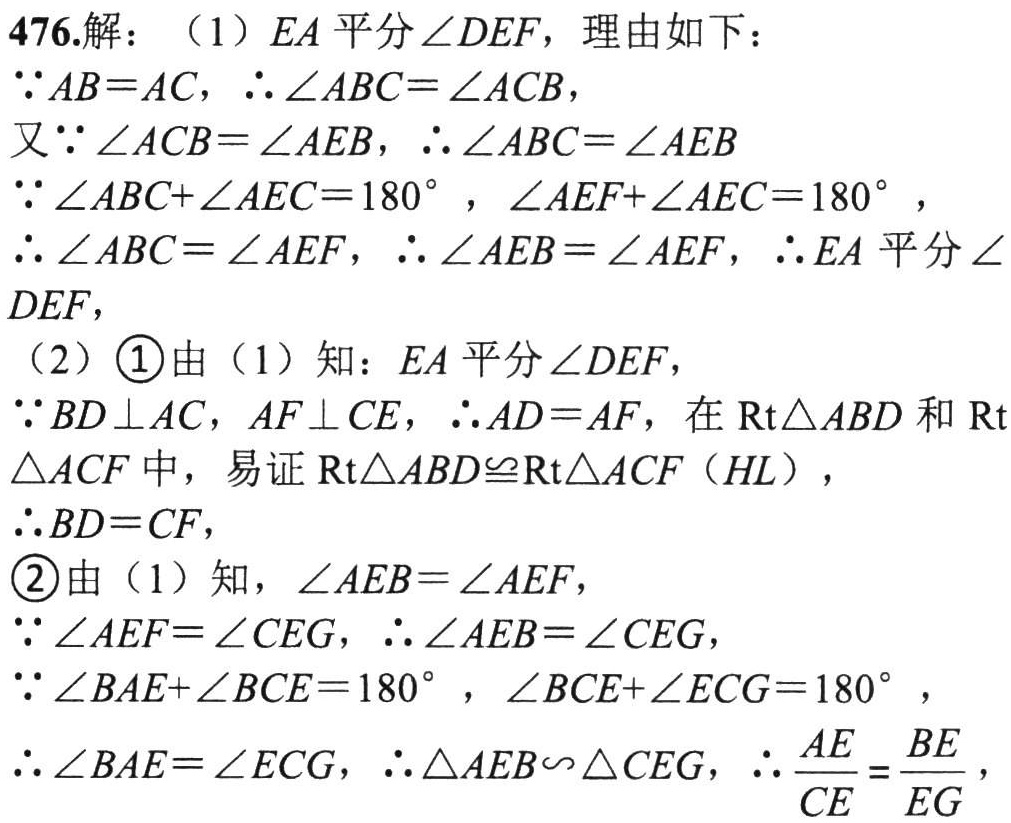
476.解：（1）\(EA\)平分\(\angle DEF\)，理由如下：
\(\because AB = AC\)，\(\therefore\angle ABC=\angle ACB\)，
又\(\because\angle ACB = \angle AEB\)，\(\therefore\angle ABC=\angle AEB\)
\(\because\angle ABC+\angle AEC = 180^{\circ}\)，\(\angle AEF+\angle AEC = 180^{\circ}\)，
\(\therefore\angle ABC=\angle AEF\)，\(\therefore\angle AEB=\angle AEF\)，\(\therefore EA\)平分\(\angle DEF\)，
（2）\textcircled{1}由（1）知：\(EA\)平分\(\angle DEF\)，
\(\because BD\perp AC\)，\(AF\perp CE\)，\(\therefore AD = AF\)，在\(\text{Rt}\triangle ABD\)和\(\text{Rt}\triangle ACF\)中，易证\(\text{Rt}\triangle ABD\cong\text{Rt}\triangle ACF\)（\(HL\)），
\(\therefore BD = CF\)，
\textcircled{2}由（1）知，\(\angle AEB=\angle AEF\)，
\(\because\angle AEF=\angle CEG\)，\(\therefore\angle AEB=\angle CEG\)，
\(\because\angle BAE+\angle BCE = 180^{\circ}\)，\(\angle BCE+\angle ECG = 180^{\circ}\)，
\(\therefore\angle BAE=\angle ECG\)，\(\therefore\triangle AEB\backsim\triangle CEG\)，\(\therefore\frac{AE}{CE}=\frac{BE}{EG}\)，